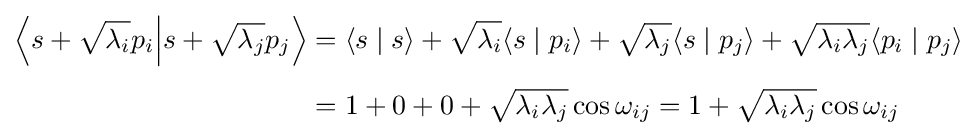
{\begin{aligned}\left\langle s+{\sqrt {\lambda _{i}}}p_{i}{\Big \vert }s+{\sqrt {\lambda _{j}}}p_{j}\right\rangle &=\langle s\mid s\rangle +{\sqrt {\lambda _{i}}}\langle s\mid p_{i}\rangle +{\sqrt {\lambda _{j}}}\langle s\mid p_{j}\rangle +{\sqrt {\lambda _{i}\lambda _{j}}}\langle p_{i}\mid p_{j}\rangle \\[4pt]&=1+0+0+{\sqrt {\lambda _{i}\lambda _{j}}}\cos \omega _{ij}=1+{\sqrt {\lambda _{i}\lambda _{j}}}\cos \omega _{ij}\end{aligned}}